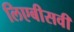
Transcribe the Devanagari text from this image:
लिएबीसवीं